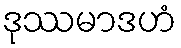
ဒုဿမာဒဟံ